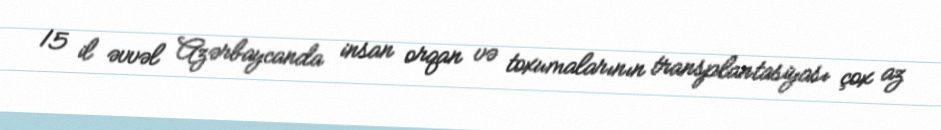
15 il əvvəl Azərbaycanda insan orqan və toxumalarının transplantasiyası çox az